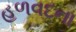
હળવદના